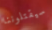
سيقتلوننا